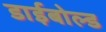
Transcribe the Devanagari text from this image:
डाईबोल्ड